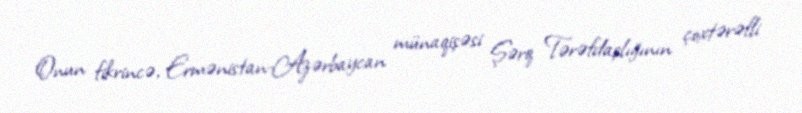
Onun fikrincə, Ermənistan-Azərbaycan münaqişəsi Şərq Tərəfdaşlığının çoxtərəfli